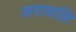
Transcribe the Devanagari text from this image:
अरावलि